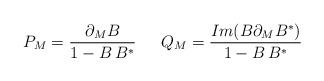
LaTeX: \begin{align*}P_M= \frac{\partial_M B}{1-B\,B^*} \,\,\,\,\,\,\,\,\, Q_M=\frac{Im(B\partial_MB^*)}{1-B\,B^*}\end{align*}